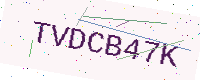
Text: TVDCB47K